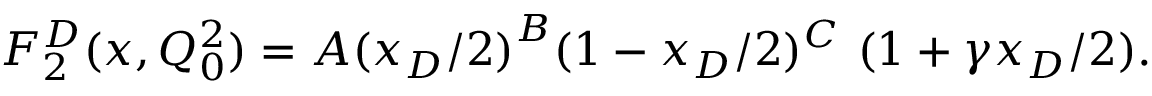
F _ { 2 } ^ { D } ( x , Q _ { 0 } ^ { 2 } ) = A { ( x _ { D } / 2 ) } ^ { B } ( 1 - x _ { D } / 2 ) ^ { C } ~ ( 1 + \gamma x _ { D } / 2 ) .